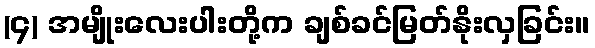
(၄) အမျိုးလေးပါးတို့က ချစ်ခင်မြတ်နိုးလှခြင်း။